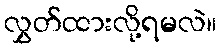
လွှတ်ထားလို့ရမလဲ။